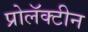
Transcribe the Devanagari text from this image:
प्रोलॅक्टीन